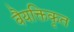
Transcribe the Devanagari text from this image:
वैयक्तिकृत